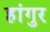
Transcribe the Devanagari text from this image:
हांगुर